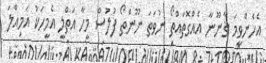
އެހެންވީމަ ޤާނޫނާ އެއްގޮތައްތޯ ނުވަތަ ނޫންތޯ ފުލުސް މީހާ އަތްލީ އެމީހަކު އަމިއްލަ